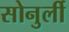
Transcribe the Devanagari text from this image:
सोनुर्ली